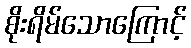
စိုးရိမ်သောကြောင့်